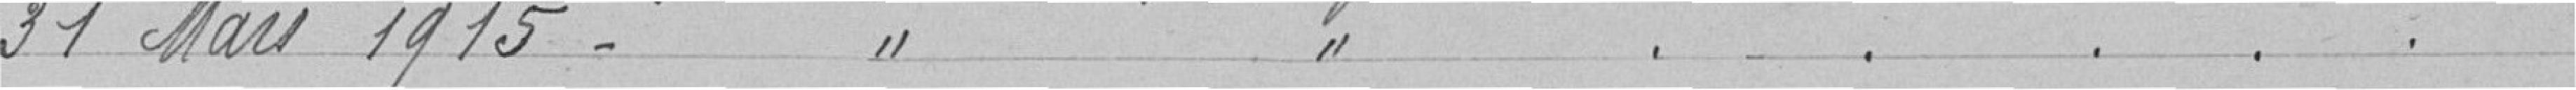
31 mars 1915